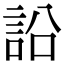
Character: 䛇